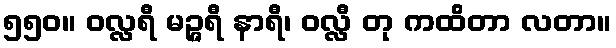
၅၅၀။ ဝလ္လရီ မဉ္ဇရီ နာရီ၊ ဝလ္လီ တု ကထိတာ လတာ။